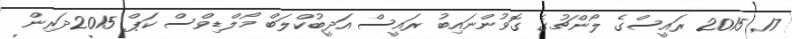
17